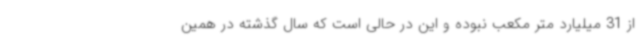
از 31 میلیارد متر مکعب نبوده و این در حالی است که سال گذشته در همین